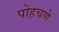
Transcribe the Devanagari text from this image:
पोहचणे